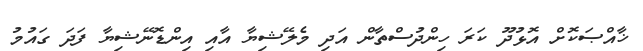
ޚާއްޞަކޮށް އޮޅުދޫ ކަރަ ހިންދުސްތާން އަދި މެލޭޝިޔާ އާއި އިންޑޮނޭޝިޔާ ފަދަ ގައުމު